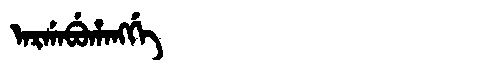
Manchu: ᠠᡵᡤᠠᠪᡠᡥᠠᠩᡤᡝ
Romanization: ARGABUHANGGE